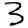
Digit: 3